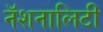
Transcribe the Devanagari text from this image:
नॅशनालिटी